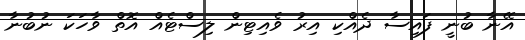
އޭނާ ބުނީ ފައިސާ ދެއްކި އިރު ވެއިޓިން ލިސްޓެއް އޮތް ވާހަކަ ނުބުނާ